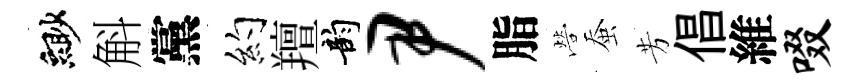
緲斛黨约羶韵尹脂營蚕芳倡維啜